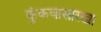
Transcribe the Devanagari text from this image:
कुंकवासारखा